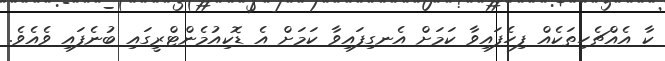
ކާ އެއްޗެހިތަކެއް ފިހެފައިވާ ކަމަށް އެނގިފައިވާ ކަމަށް އެ ޑޮކިއުމެންޓްރީގައި ބުނެފައި ވެއެވެ.